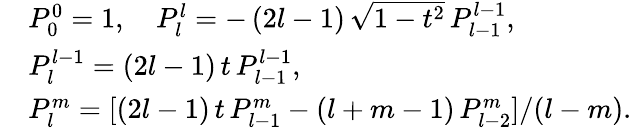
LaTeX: \begin{array}{rl}&{P_{0}^{0}=1,\quad P_{l}^{l}=-\, (2l-1)\, \sqrt{1-t^{2}}\, P_{l-1}^{l-1},}\\ &{P_{l}^{l-1}=(2l-1)\, t\, P_{l-1}^{l-1},}\\ &{P_{l}^{m}=[(2l-1)\, t\, P_{l-1}^{m}-(l+m-1)\, P_{l-2}^{m}]/(l-m).}\end{array}